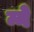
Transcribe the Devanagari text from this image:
न्ने